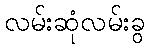
လမ်းဆုံလမ်းခွ